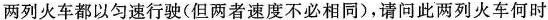
两列火车都以匀速行驶(但两者速度不必相同)，请问此两列火车何时